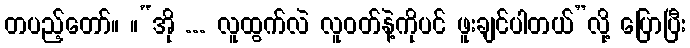
တပည့်တော်။ ။“အို ... လူထွက်လဲ လူဝတ်နဲ့ကိုပင် ဖူးချင်ပါတယ်”လို့ ပြောပြီး